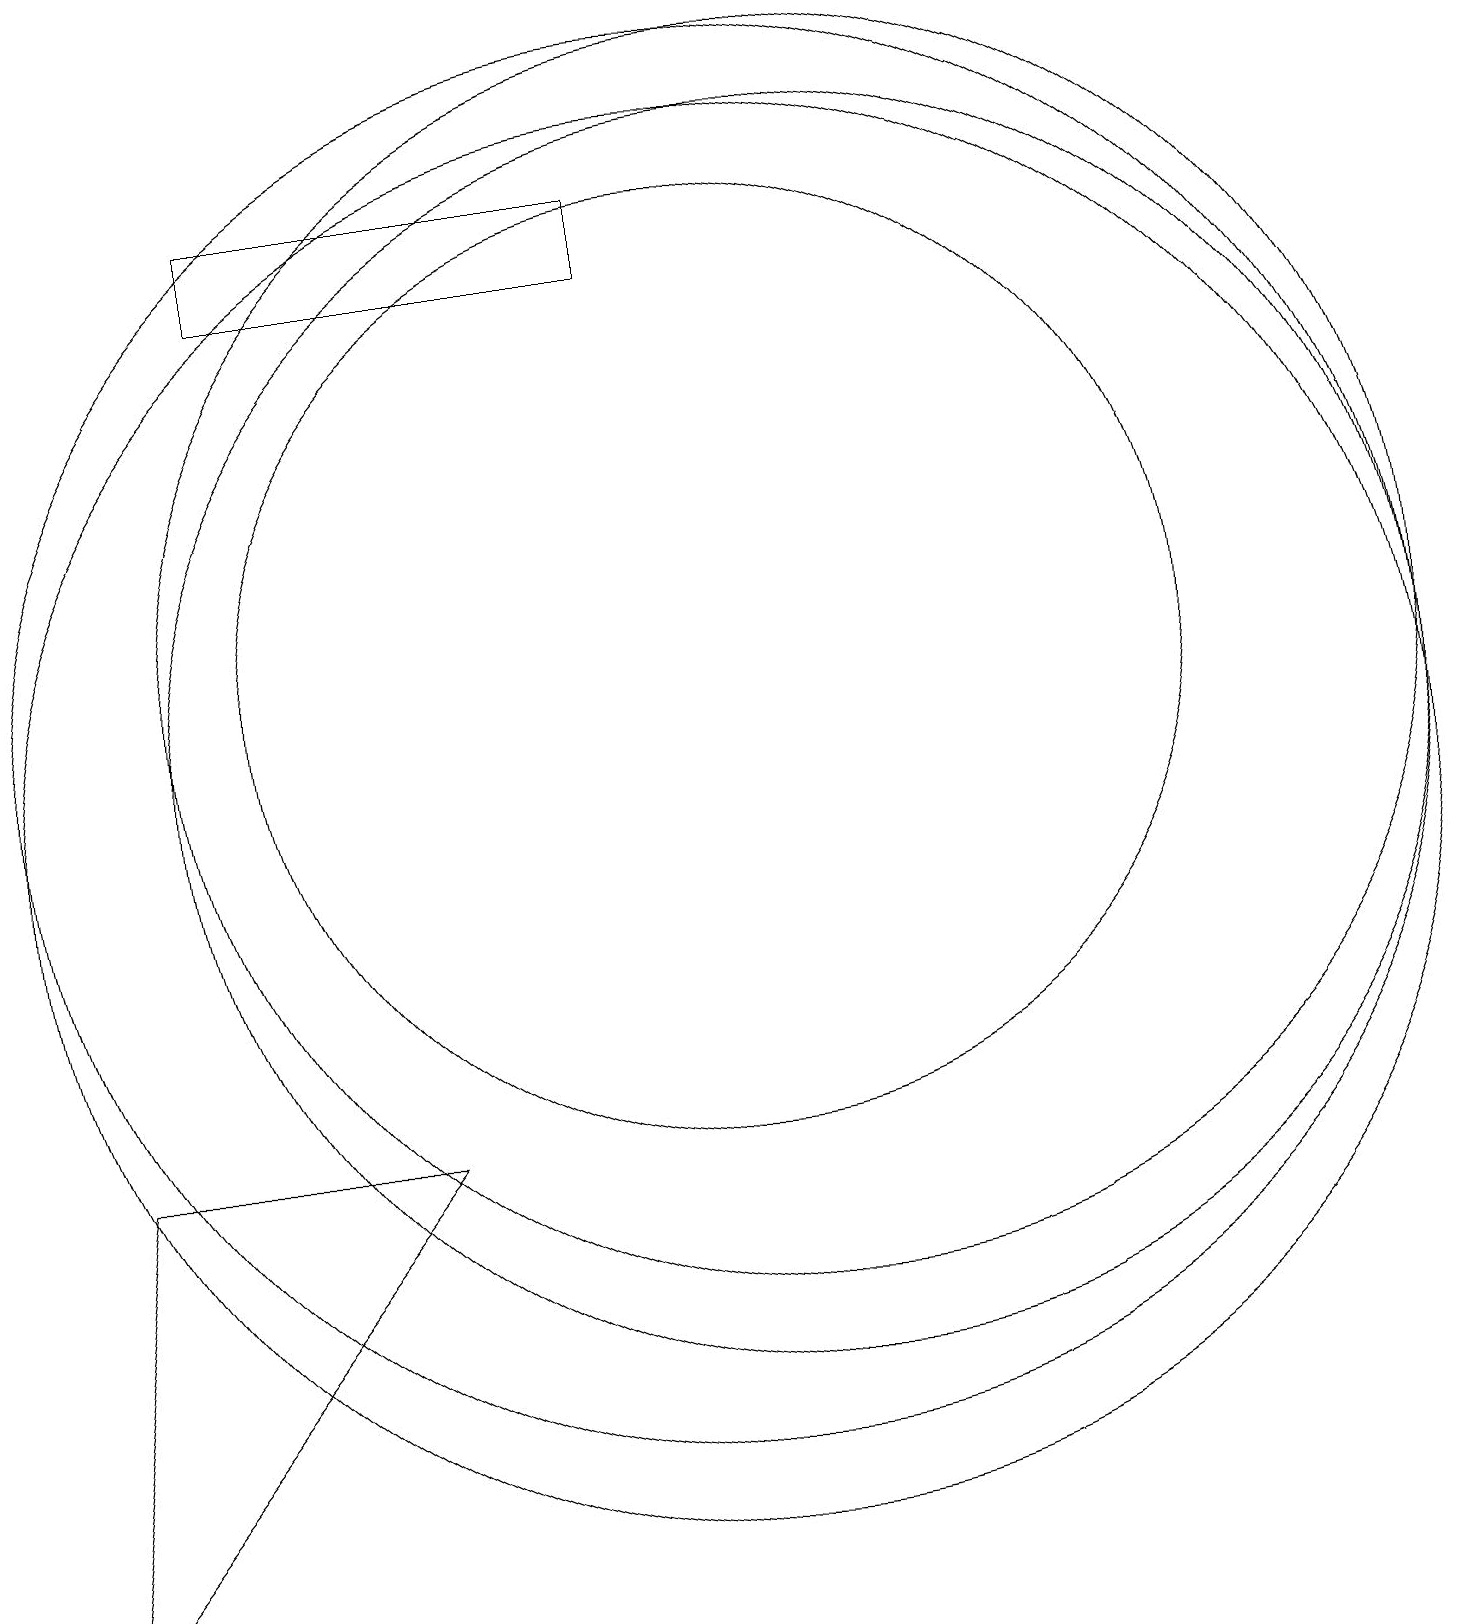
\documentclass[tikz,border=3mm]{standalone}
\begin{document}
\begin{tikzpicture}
\draw (9,17) rectangle (4,18);
\draw (11,12) circle (8);
\draw (11,11) circle (8);
\draw (10,10) circle (9);
\draw (10,12) circle (6);
\draw (2,6) -- (6,6) -- (1,0) -- cycle;
\draw (10,11) circle (9);
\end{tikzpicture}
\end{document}